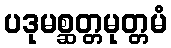
ပဒုမစ္ဆတ္တမုတ္တမံ